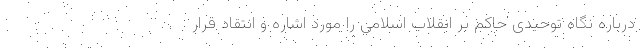
درباره نگاه توحیدی حاکم بر انقلاب اسلامی را مورد اشاره و انتقاد قرار